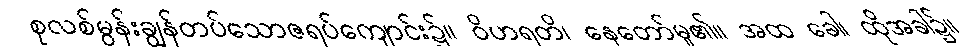
စုလစ်မွန်းချွန်တပ်သောဇရပ်ကျောင်း၌။ ဝိဟရတိ၊ နေတော်မူ၏။ အထ ခေါ၊ ထိုအခါ၌။